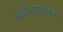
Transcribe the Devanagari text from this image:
अरिष्टकारक